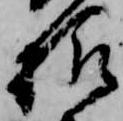
様